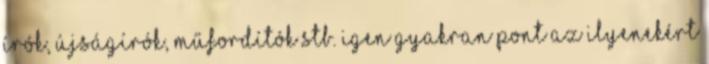
írók, újságírók, műfordítók stb. igen gyakran pont az ilyenekért